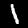
Digit: 1